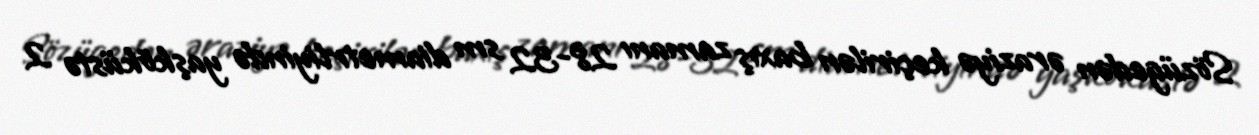
Sözügedən əraziyə keçirilən baxış zamanı 28-32 sm diametrliyində yaşköküstə 2